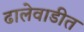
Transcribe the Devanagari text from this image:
ढालेवाडीत